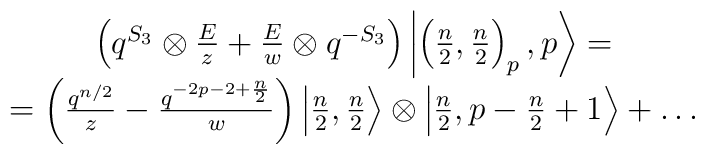
\begin{array}{c}\left(q^{S_3}\otimes {E\over z}+ {E\over w}\otimes q^{-S_3}\right)\left|\left({n\over 2},{n\over 2}\right)_p,p\right\rangle=\\=\left({q^{n/2}\over z}-{q^{-2p-2+{n\over 2}}\over w}\right)\left|{n\over 2},{n\over 2}\right\rangle\otimes\left|{n\over 2},p-{n\over 2}+1\right\rangle+\ldots\end{array}